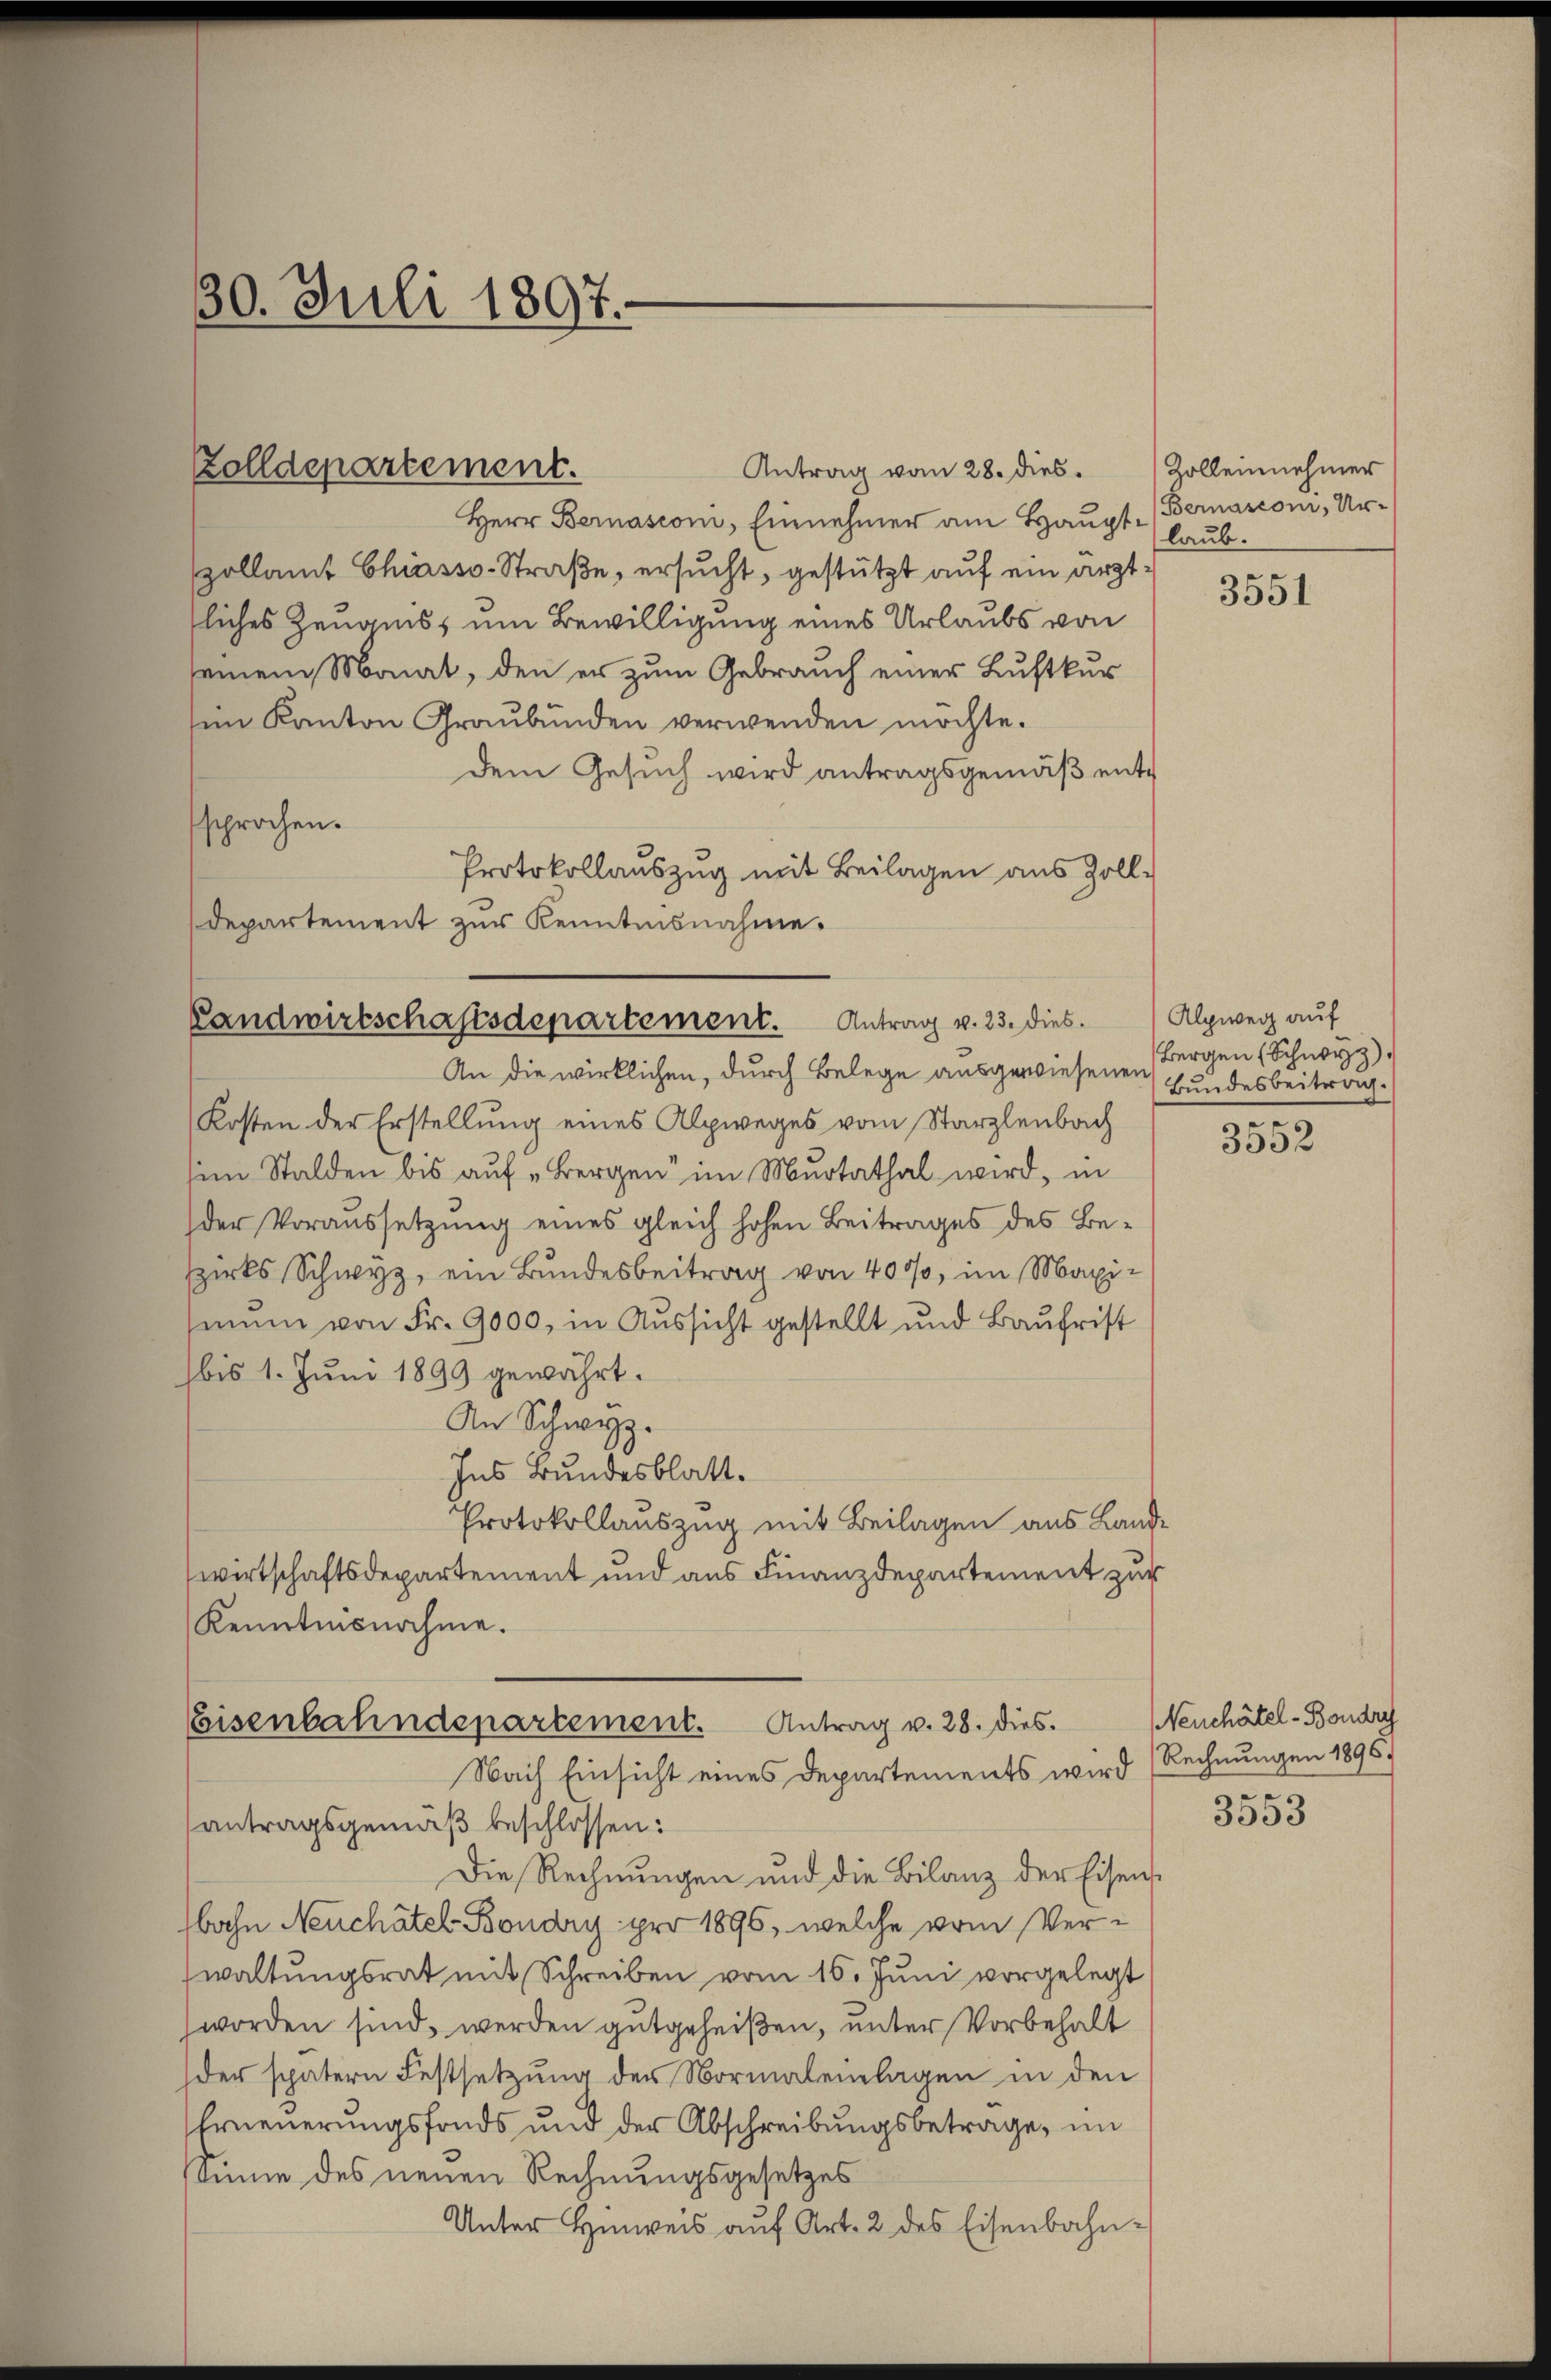
Landwirtschaftsdepartement. Antrag v. 23. dies. Alpweg auf

30. Juli 1897.

Herr Bernasconi, Einnehmer am Hauptpollamt Chiasso-Straße, ersucht, gestützt auf ein ärzttliches Zeugniss um Bewilligung eines Urlaubs von
seinem Monat, den er zum Gebrauch einer Lustkur
im Kanton Graubünden verwenden möchte.
dem Gesuch wird antragsgemäß entsprochen.
Protokollauszug mit Beilagen aus Zoll-
departement zur Kenntnisnahme.

Zolldepartement.

Antrag vom 28. dies

An die wirklichen, durch Belege ausgewiesenen
Kosten der Erstellung eines Alpweges vom Starzlenbach
sem Stalden bis auf „Bergen im Murtathal wird, in
der Voraussetzung eines gleich hohen Beitrages des Be¬
Ezirks Schwyz, ein Bundesbeitrag von 4000, im Maxisium von Fr. 9000, in Aussicht gestellt und Baufrist
bis 1. Juni 1899 gewährt.
An Schwyz.
Ins Bundesblatt.
Protokollauszug mit Beilagen aus Landwirtschaftsdepartement und aus Finanzdepartement zur
Kenntnisnahme.
Eisenbahndepartement. Antrag v. 28. dies
Nach Einsicht eines Departements wird (Rechnungen 1896.
antragsgemäß beschlossen:
Die Rechnungen und die Bilanz der Eisens
Ibahn Neuchâtel Boudry pro 1896, welche vom Verwaltungsrat mit Schreiben vom 16. Juni vorgelegt
worden sind, werden gutgeheißen, unter Vorbehalt
der spätern Festsetzung der Normaleinlagen in den
Erneuerungsfonds und der Abschreibungsbetrage, im
samme des neuen Rechnungsgesetzes
Unter Hinweis auf Art. 2 des Eisenbahn-

Zolleinehmer
Bernasconi, Ur-
laub.

3551

Bergen (Schwyz)
Bundesbeitrag.
n

3532

Neuchâtel-Boudry
.
3353